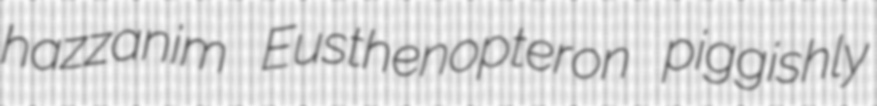
hazzanim Eusthenopteron piggishly